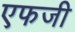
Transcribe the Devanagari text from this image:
एफजी